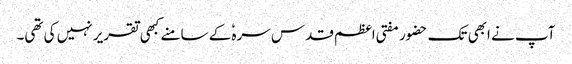
آپ نے ابھی تک حضور مفتی اعظم قدس سرہٗ کے سامنے کبھی تقریر نہیں کی تھی۔